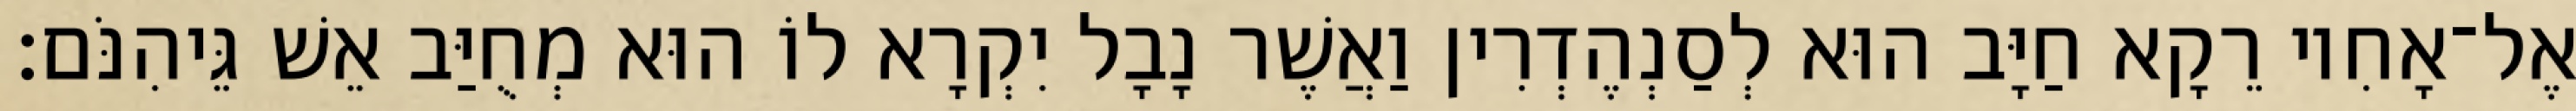
אֶל־אָחִיו רֵקָא חַיָּב הוּא לְסַנְהֶדְרִין וַאֲשֶׁר נָבָל יִקְרָא לוֹ הוּא מְחֻיַּב אֵשׁ גֵּיהִנֹּם׃